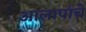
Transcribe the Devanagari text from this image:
आलापांचे